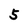
Character: 5